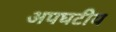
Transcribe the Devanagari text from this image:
अपघटीय